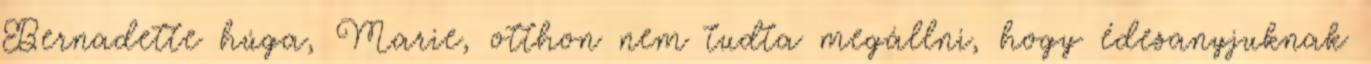
Bernadette húga, Marie, otthon nem tudta megállni, hogy édesanyjuknak